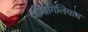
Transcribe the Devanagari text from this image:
ओसगिलियाथ